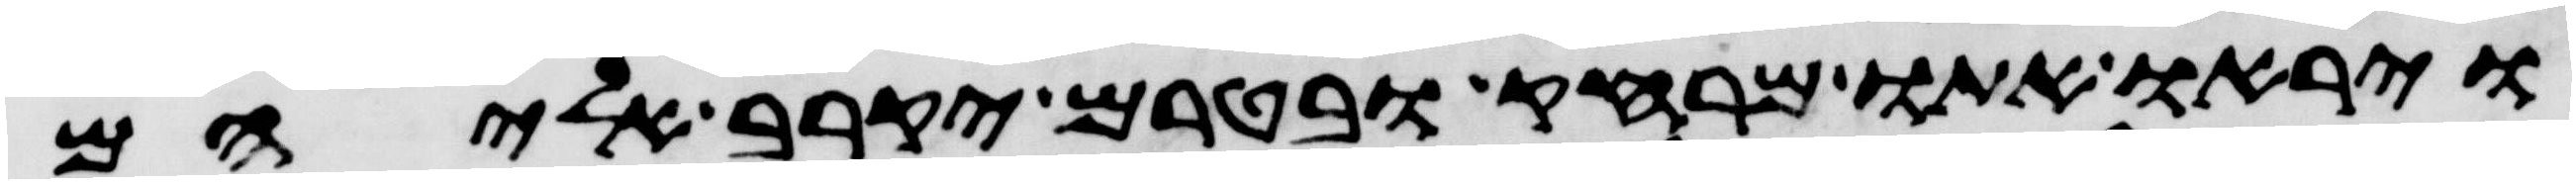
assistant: ויראו אתו מרחק בטרם יקרב אליהם